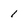
Character: 1